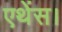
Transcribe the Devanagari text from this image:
एथेंस।